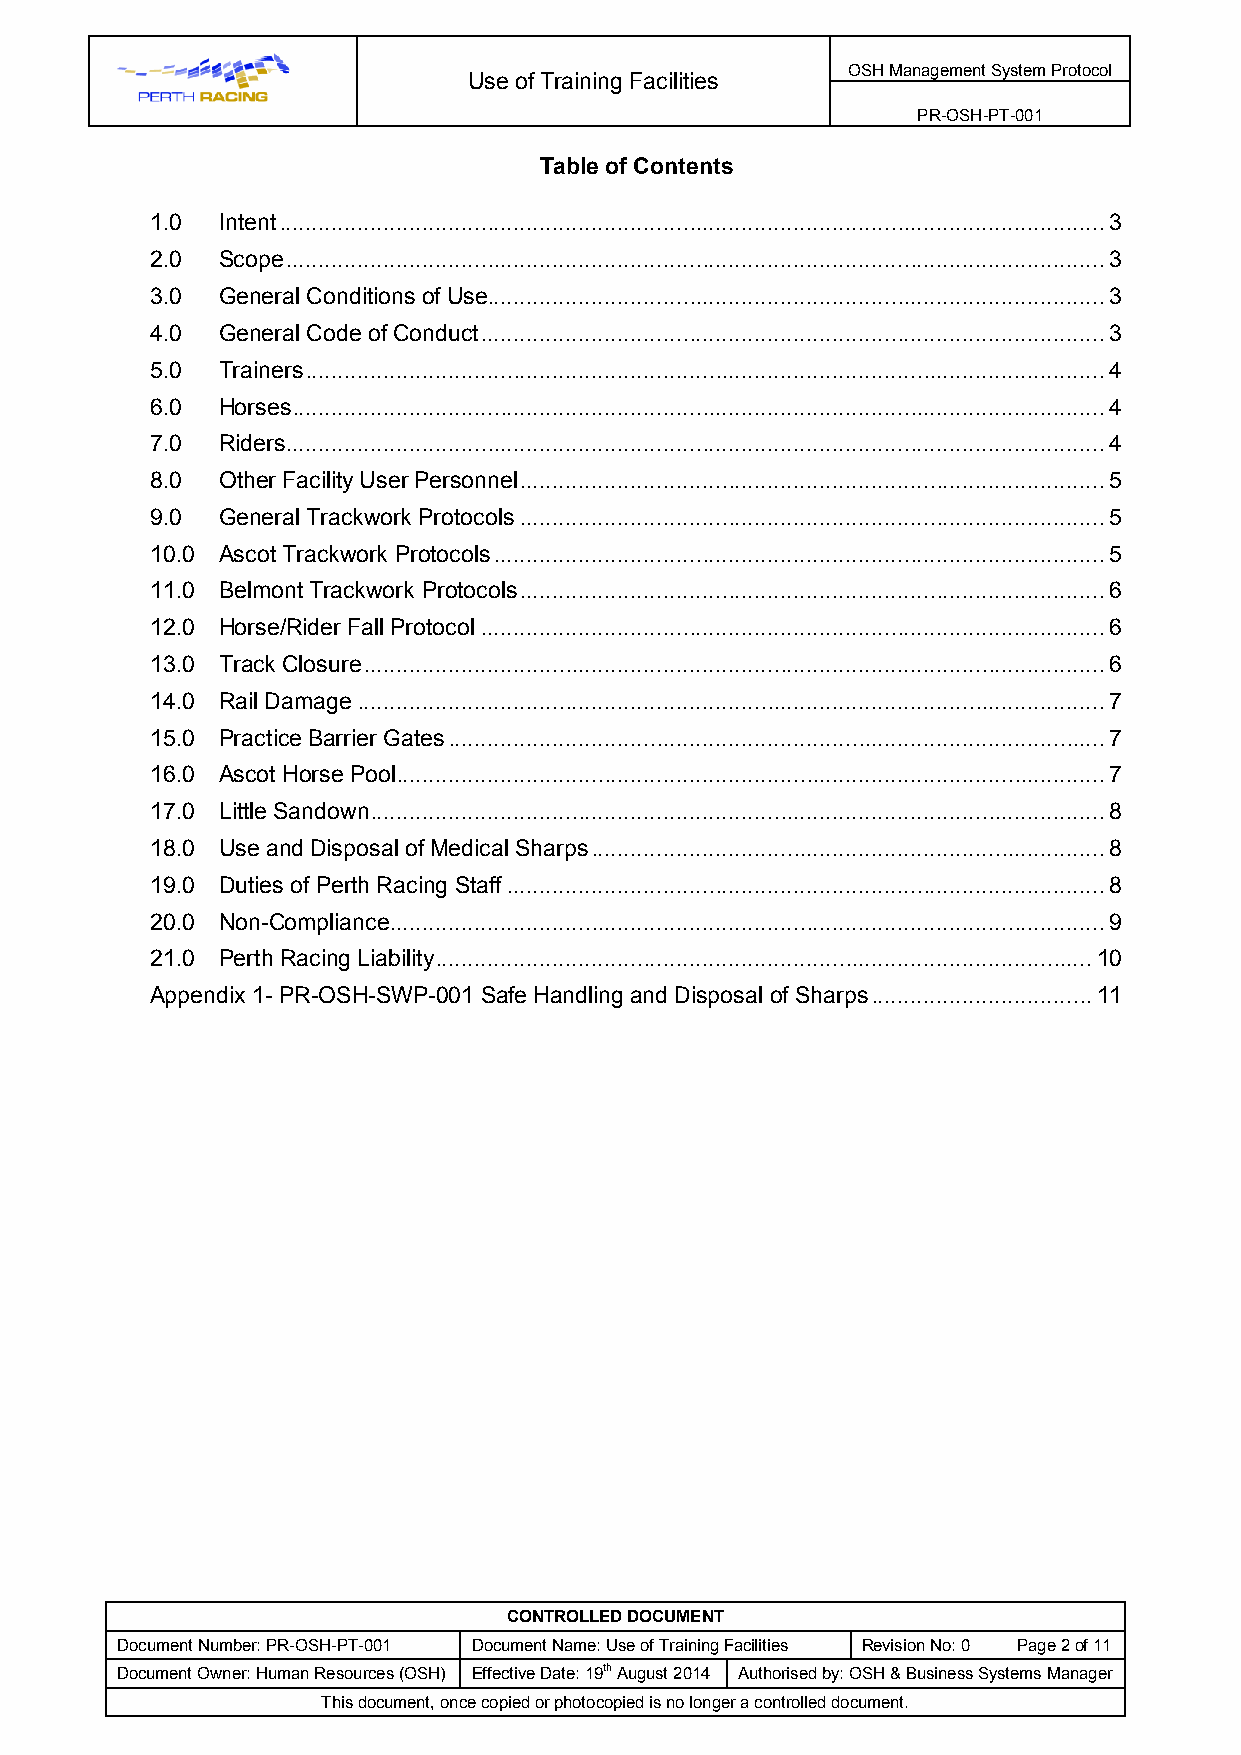
OSH Management System Protocol
 Use of Training Facilities
 PR-OSH-PT-001
 Table of Contents
 1.0 Intent ............................................................................................................................... 3
 2.0 Scope .............................................................................................................................. 3
 3.0 General Conditions of Use............................................................................................... 3
 4.0 General Code of Conduct ................................................................................................ 3
 5.0 Trainers ........................................................................................................................... 4
 6.0 Horses ............................................................................................................................. 4
 7.0 Riders .............................................................................................................................. 4
 8.0 Other Facility User Personnel .......................................................................................... 5
 9.0 General Trackwork Protocols .......................................................................................... 5
 10.0 Ascot Trackwork Protocols .............................................................................................. 5
 11.0 Belmont Trackwork Protocols .......................................................................................... 6
 12.0 Horse/Rider Fall Protocol ................................................................................................ 6
 13.0 Track Closure .................................................................................................................. 6
 14.0 Rail Damage ................................................................................................................... 7
 15.0 Practice Barrier Gates ..................................................................................................... 7
 16.0 Ascot Horse Pool ............................................................................................................. 7
 17.0 Little Sandown ................................................................................................................. 8
 18.0 Use and Disposal of Medical Sharps ............................................................................... 8
 19.0 Duties of Perth Racing Staff ............................................................................................ 8
 20.0 Non-Compliance .............................................................................................................. 9
 21.0 Perth Racing Liability ..................................................................................................... 10
 Appendix 1- PR-OSH-SWP-001 Safe Handling and Disposal of Sharps .................................. 11
 CONTROLLED DOCUMENT
 Document Number: PR-OSH-PT-001 Document Name: Use of Training Facilities Revision No: 0 Page 2 of 11
 Document Owner: Human Resources (OSH) Effective Date: 19th August 2014 Authorised by: OSH & Business Systems Manager
 This document, once copied or photocopied is no longer a controlled document.